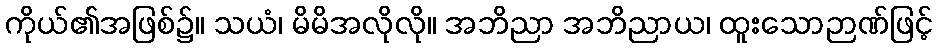
ကိုယ်၏အဖြစ်၌။ သယံ၊ မိမိအလိုလို။ အဘိညာ အဘိညာယ၊ ထူးသောဉာဏ်ဖြင့်